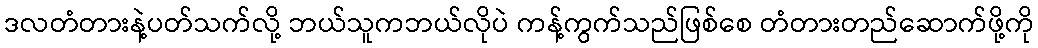
ဒလတံတားနဲ့ပတ်သက်လို့ ဘယ်သူကဘယ်လိုပဲ ကန့်ကွက်သည်ဖြစ်စေ တံတားတည်ဆောက်ဖို့ကို